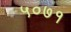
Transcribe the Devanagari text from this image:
५०७१